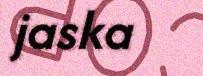
jaska